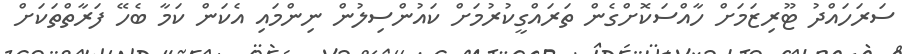
ސަރަހައްދު ޓޫރިޒަމަށް ހާއްސަކޮށްގެން ތަރައްގީކުރުމަށް ކައުންސިލުން ނިންމައި އެކަން ކަމާ ބެހޭ ފަރާތްތަކަށް